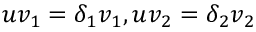
u v _ { 1 } = \delta _ { 1 } v _ { 1 } , u v _ { 2 } = \delta _ { 2 } v _ { 2 }